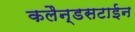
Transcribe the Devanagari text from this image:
कलैन्डसटाईन